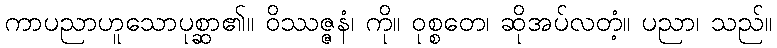
ကာပညာဟူသောပုစ္ဆာ၏။ ဝိဿဇ္ဇနံ၊ ကို။ ဝုစ္စတေ၊ ဆိုအပ်လတံ့။ ပညာ၊ သည်။